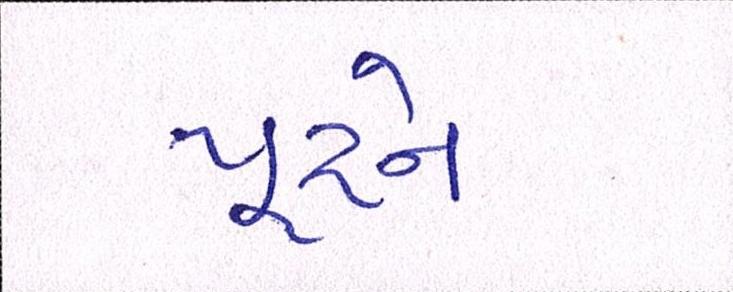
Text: પૂરને